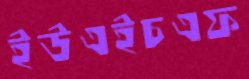
ইউএইচএফ